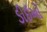
ડીઈઓ